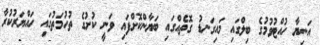
އަނިޔާ ހުއްޓުވުމުގެ ބިލްގައި މައިގަނޑު ގޮތެއްގައި ބަޔާންކޮށްފައި ވަނީ ކުށުގެ ތުހުމަތުގައި ހައްޔަރުކުރާ